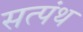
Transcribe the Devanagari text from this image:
सत्पंथ